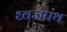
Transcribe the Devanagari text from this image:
ध्वजपंथ